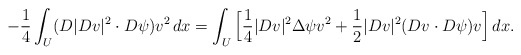
\begin{align*} -\frac14 \int_U (D|Dv|^2\cdot D\psi)v^2 \,dx &= \int_U \Big[\frac14|Dv|^2\Delta\psi v^2 + \frac12 |Dv|^2 (Dv\cdot D\psi) v\Big]\,dx.\end{align*}